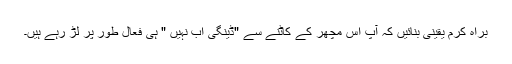
براہ کرم یقینی بنائیں کہ آپ اس مچھر کے کاٹنے سے "ڈینگی اب نہیں " ہی فعال طور پر لڑ رہے ہیں۔